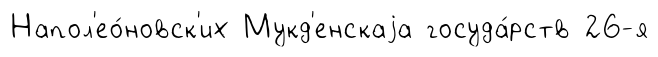
Напол'ео́новск'их Мукд'енскаjа госуда́рств 26-я